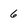
Character: 6